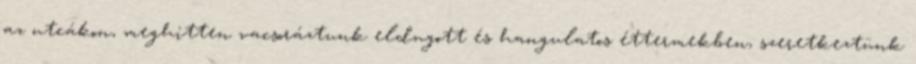
az utcákon, meghitten vacsoráztunk eldugott és hangulatos éttermekben, szeretkeztünk